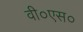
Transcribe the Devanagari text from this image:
वी०एस०